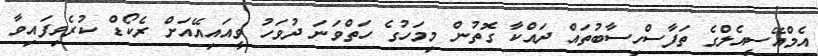
އެމްއޭސީއެލްގެ ތަފާސްހިސާބުތައް ދައްކާ ގޮތުން މިމަހުގެ ހަތްވަނަ ދުވަހު ވީއައިއޭއަށް ރެކޯޑް ކުރެވިފައިވާ